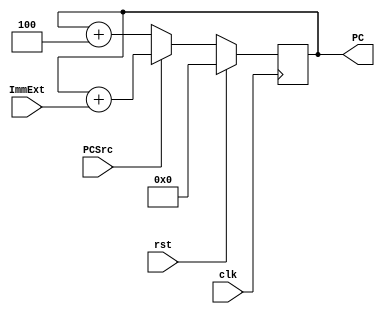
`timescale 1ns/1ns
module Adress_Generator (
     input rst,clk,
     input PCSrc,
     input [31:0] ImmExt,
    output reg [31:0] PC
);
    reg[31:0] PCnext;
    always @(*) begin
            PCnext <= PCSrc?  PC + ImmExt : PC + 4;
        end
    always @(posedge clk) begin
        if (rst)
            PC <= 32'd0;
        else
            PC <= PCnext;    
    end 
    

endmodule